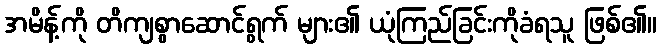
အမိန့်ကို တိကျစွာဆောင်ရွက် များ၏ ယုံကြည်ခြင်းကိုခံရသူ ဖြစ်၏။